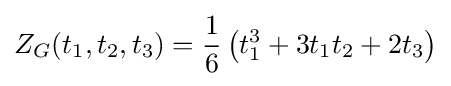
Z_{G}(t_{1},t_{2},t_{3})={\frac {1}{6}}\left(t_{1}^{3}+3t_{1}t_{2}+2t_{3}\right)